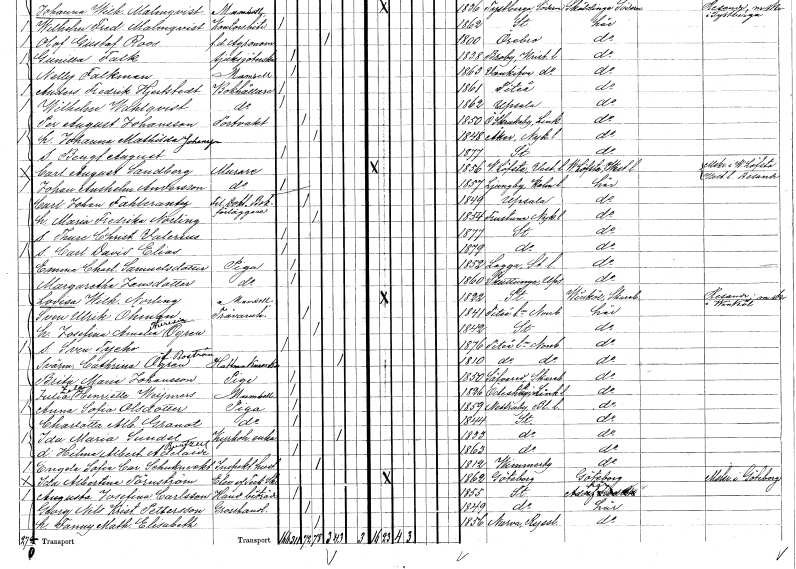
gt_parse: households: individuals: FN: Carl Johan
EN: Fahlerantz
YRKE: Fil. doktor Bokförläggare
KON: M
CIV: G
FODAR: 1849
FODFORS: Uppsala Uppsala län
FN: Maria Fredrika
EN: Norling
KON: K
CIV: G
FODAR: 1854
FODFORS: Frustuna Södermanlands län
FN: Thure Christian Valerius
KON: M
CIV: O
FODAR: 1877
FODFORS: Stockholm
FN: Carl David Elias
KON: M
CIV: O
FODAR: 1879
FODFORS: Stockholm
FN: Emma Charlotta
EN: Samuelsdotter
YRKE: Piga
KON: K
CIV: O
FODAR: 1852
FODFORS: Lagga Uppsala län
FN: Margaretha
EN: Jansdotter
YRKE: Piga
KON: K
CIV: O
FODAR: 1860
FODFORS: Skuttunge Uppsala län
FN: Lovisa Wilhelmina
EN: Norling
KON: K
CIV: O
FODAR: 1822
FODFORS: Stockholm
FN: Sven Ulrik
EN: Öhman
YRKE: Trävaruhandlare
KON: M
CIV: G
FODAR: 1841
FODFORS: Piteå landsförsamling Norrbottens län
FN: Josefina Amalia Theresia
EN: Ögren
KON: K
CIV: G
FODAR: 1842
FODFORS: Stockholm
FN: Sven Tycho
KON: M
CIV: O
FODAR: 1876
FODFORS: Piteå landsförsamling Norrbottens län
FN: Cathrina
EN: Ögren Boström
YRKE: Hattmakareänka
KON: K
CIV: E
FODAR: 1810
FODFORS: Piteå landsförsamling Norrbottens län
FN: Brita Maria
EN: Johansson
YRKE: Piga
KON: K
CIV: O
FODAR: 1850
FODFORS: Sävare Skaraborgs län
FN: Julia Zela Henriette
EN: Weijmers
KON: K
CIV: O
FODAR: 1826
FODFORS: Ödeshög Östergötlands län
FN: Anna Sofia
EN: Olsdotter
YRKE: Piga
KON: K
CIV: O
FODAR: 1859
FODFORS: Nättraby Blekinge län
FN: Charlotta Albertina
EN: Granat
YRKE: Piga
KON: K
CIV: O
FODAR: 1844
FODFORS: Stockholm
FN: Ida Maria
EN: Sundel Burtzell??
YRKE: Kyrkoherdeänka
KON: K
CIV: E
FODAR: 1833
FODFORS: Stockholm
FN: Hilma Albertina Adelaide
KON: K
CIV: O
FODAR: 1863
FODFORS: Stockholm
FN: Engela Sofia Carolina
EN: Schukneckt
YRKE: Inspektorshustru
KON: K
CIV: G
FODAR: 1812
FODFORS: Vimmerby Kalmar län
FN: Ida Albertina
EN: Törnström
YRKE: Teknisk stud
KON: K
CIV: O
FODAR: 1862
FODFORS: Göteborg Göteborgs- och Bohuslän
FN: Augusta Josefina
EN: Carlsson
YRKE: Handelsbiträde
KON: K
CIV: O
FODAR: 1855
FODFORS: Stockholm
FN: Georg Nils Kristian
EN: Pettersson
YRKE: Grosshandlare
KON: M
CIV: G
FODAR: 1849
FODFORS: Stockholm
FN: Fanny Mathilda Elisabeth
KON: K
CIV: G
FODAR: 1856